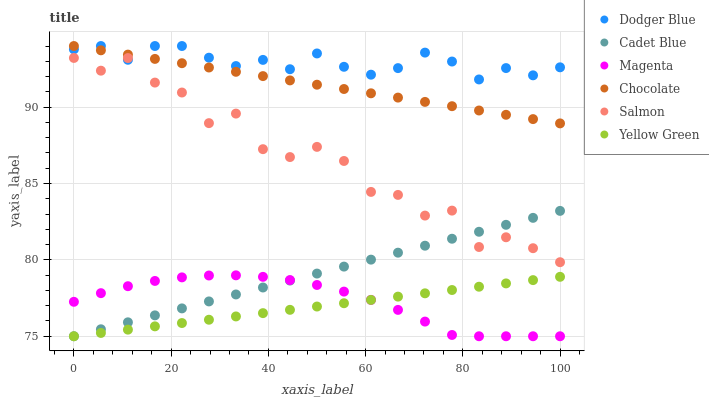
| xaxis_label | Dodger Blue | Cadet Blue | Magenta | Chocolate | Salmon | Yellow Green |
 | --- | --- | --- | --- | --- | --- | --- |
 | 0 | 93.8 | 75 | 77.3 | 94 | 93.2 | 75 |
 | 5.56 | 94 | 75.5 | 77.8 | 93.7 | 92.4 | 75.2 |
 | 11.1 | 93.1 | 75.9 | 78.3 | 93.4 | 93.2 | 75.4 |
 | 16.7 | 94 | 76.4 | 78.6 | 93.2 | 91.6 | 75.6 |
 | 22.2 | 94 | 76.8 | 78.9 | 92.9 | 91 | 75.9 |
 | 27.8 | 93.2 | 77.3 | 79 | 92.6 | 89 | 76.1 |
 | 33.3 | 92.7 | 77.7 | 79 | 92.3 | 89.6 | 76.3 |
 | 38.9 | 93.1 | 78.2 | 78.9 | 92 | 87.2 | 76.5 |
 | 44.4 | 92.5 | 78.6 | 78.7 | 91.7 | 86.7 | 76.7 |
 | 50 | 93.5 | 79.1 | 78.4 | 91.5 | 87.4 | 76.9 |
 | 55.6 | 92.6 | 79.6 | 77.9 | 91.2 | 86.5 | 77.2 |
 | 61.1 | 92.1 | 80 | 77.4 | 90.9 | 84.4 | 77.4 |
 | 66.7 | 92.6 | 80.5 | 76.7 | 90.6 | 84.3 | 77.6 |
 | 72.2 | 93.6 | 80.9 | 76 | 90.3 | 82.9 | 77.8 |
 | 77.8 | 93 | 81.4 | 75.1 | 90.1 | 83.2 | 78 |
 | 83.3 | 91.8 | 81.8 | 75 | 89.8 | 80.8 | 78.2 |
 | 88.9 | 92.6 | 82.3 | 75 | 89.5 | 81.5 | 78.5 |
 | 94.4 | 92.1 | 82.8 | 75 | 89.2 | 80.8 | 78.7 |
 | 100 | 92.6 | 83.2 | 75 | 88.9 | 79.8 | 78.9 |